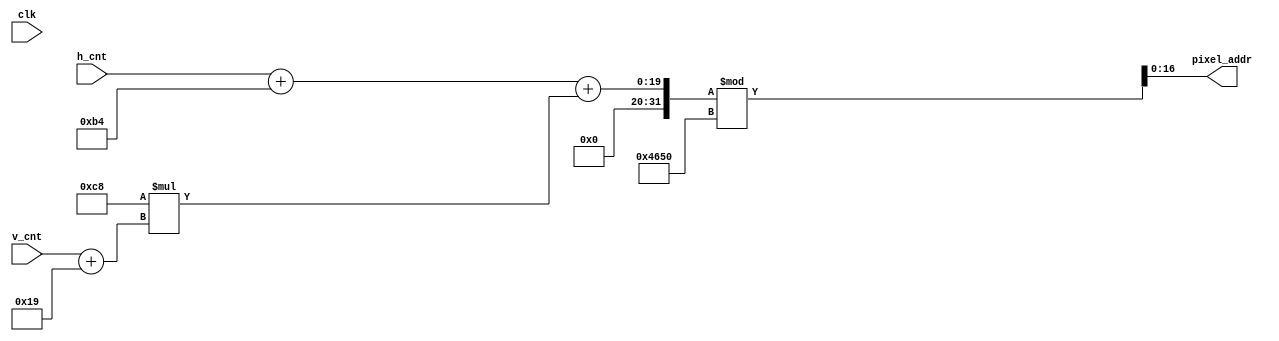
module mem_addr_gen(
   input clk,
   input [9:0] h_cnt,
   input [9:0] v_cnt,
   output [16:0] pixel_addr
   );
    
  
   assign pixel_addr = ((h_cnt+180)+200*(v_cnt+25))% 18000;  //200*90

    
endmodule

module mem_addr_gen_b(  // poorol
   input clk,
   input [9:0] h_cnt,
   input [9:0] v_cnt,
   output [16:0] pixel_addr
   );
  
   assign pixel_addr = ((h_cnt+45)+80*(v_cnt+70))% 6400;  //80*80

    
endmodule


module mem_addr_gen_e(  // password
   input clk,
   input [9:0] h_cnt,
   input [9:0] v_cnt,
   output [16:0] pixel_addr
   );
    
  
   assign pixel_addr = ((h_cnt+75)+80*(v_cnt+60))% 6400; // 80*80

    
endmodule


module mem_addr_gen_g(
   input clk,
   input [9:0] h_cnt,
   input [9:0] v_cnt,
   output [16:0] pixel_addr
   );
    
  
   assign pixel_addr = ((h_cnt+205)+210*(v_cnt+30))% 8400;  //210*40

    
endmodule